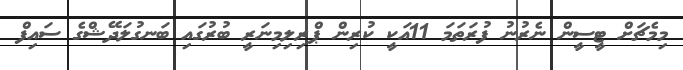
މިމެޗަށް ޓީސީން ނެރުނު ފުރަތަމަ 11އަކީ ކުރިން ޕްރިލިމިނަރީ ބުރުގައި ބަނގުލަދޭޝްގެ ސައިފް